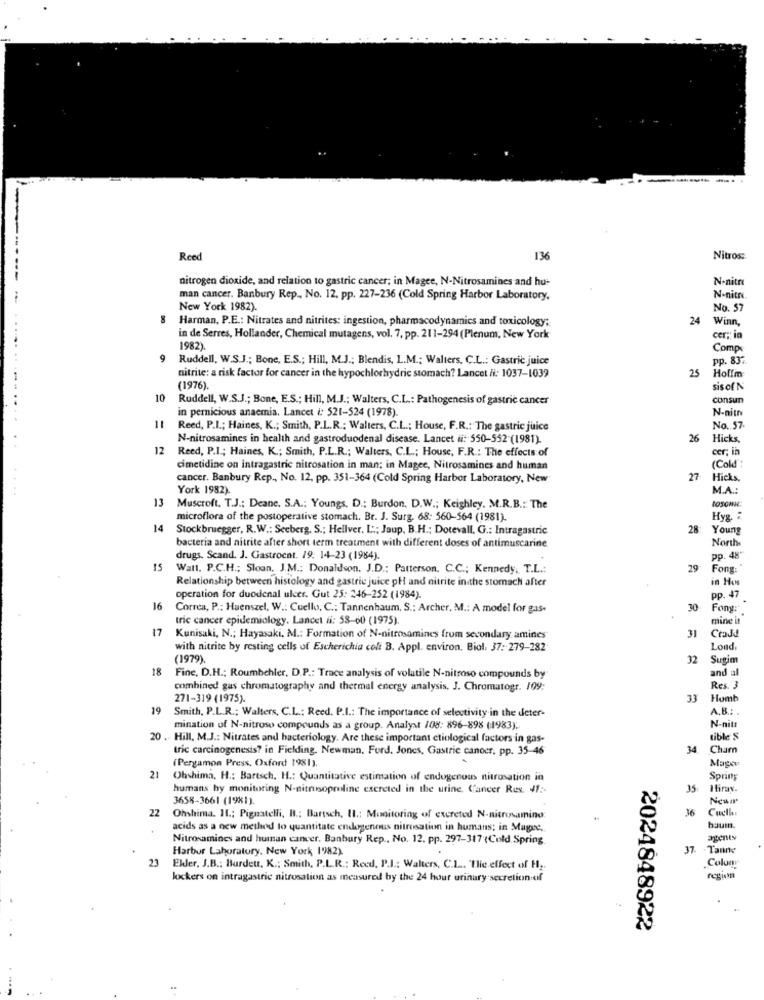
Ree
136
Nitros:
nitrogen dioxide, and relation to gastric cancer; in Magee, N-Nitrosamines and hu-
N-nitro
man cancer. Banbury Rep ., No. 12, pp. 227-236 (Cold Spring Harbor Laboratory,
N-nitro
New York 1982).
No. 57
8
Harman, P.E .: Nitrates and nitrites: ingestion, pharmacodynamics and toxicology;
24
Winn,
in de Serres, Hollander, Chemical mutagens, vol. 7, pp. 211-294 (Plenum, New York
cer; in
1982)
Comp
9
Ruddell, W.S.J .; Bone, E.S .; Hill, M.J .; Blendis, L.M .; Walters. C.L .; Gastric juice
pp. 837
nitrite: a risk factor for cancer in the hypochlorhydric stomach? Lancet /f: 1037-1039
25
Holfin
(1976).
sis of N
10
Ruddell, W.S.J .; Bone, E.S .; Hill, M.J .; Walters, C.L .: Pathogenesis of gastric cancer
consun
in pernicious anaemia. Lancet i: 521-524 (1978)
N-nitr
11
Reed, P.I .; Haines, K .; Smith, P.L.R .; Walters, C.L .; House, F.R .: The gastric juice
No. 57
N-nitrosamines in health and gastroduodenal disease. Lancet ii: 550-552-(1981).
26
Hicks,
12 Reed, P.I .; Haines, K .; Smith, P.L.R .; Walters, C.L .; House, F.R .: The effects of
cer; in
cimetidine on intragastric nitrosation in man; in Magee, Nitrosamines and human
(Cold!":
cancer. Banbury Rep ., No. 12, pp. 351-364 (Cold Spring Harbor Laboratory, New
27
Hicks.
York 1982).
M.A .:
13
LOSCINE
Muscroft. T.J .: Deanc. S.A .: Youngs. D .: Burdon. D.W .; Keighley. M.R.B .: The
microflora of the postoperative stomach. Br. J. Surg. 68: 560-564 (1981).
Hya.
14
Stockbruegger, R.W .: Seeberg. S .; Hellver. L" .; Jaup, B.H .; Dotevall, G .: Intragastric
28
Young
North
bacteria and nitrite after short term treatment with different doses of antimuscarine
drugs. Scand. J. Gastrocat. 19: 14-23 (1984).
pp. 48"
15
Watl. P.C.H .; Sloan, J.M .: Donaldson. J.D .: Patterson. C.C .; Kennedy, T.L .:
29
Fong:
Relationship between histology and gastric juice pH and nitrite in the stomach after
in Hos
operation for duodenal ulcer. Gut 25: 246-252 (1984).
pp. 47
16
Correa, P .: Haenszel, W .: Cuello, C .; Tannenbaum, S .: Archer, M .: A model for gas-
30
Fong:
tric cancer epidemiology. Lancet ii: 53-60 (1975).
mine it
17
31
Kunisaki, N .; Hayasaki, M .: Formation of N-nitrosamines from secondary amines
CraJd
with nitrite by resting cells of Escherichia colt B. Appl. environ. Biol, 37: 279-282
Lond
(1979).
32
Sugim
18
and al
Fine, D.H .; Roumbehler, D.P .: Trace analysis of volatile N-nitroso compounds by
combined gas chromatography and thermal energy analysis, J. Chromatogr. 109:
Res. 3
271-319 (1975).
33
Humt
19
Smith, P.L.R .; Walters, C.L .: Reed. P.I .: The importance of selectivity in the deter-
A.B .: .
mination of N-nitroso compounds as a group. Analyst 108: 896-898 (1983).
N-nitt
20 .. Hill, M.J .: Nitrates and bacteriology. Are these important ctiological factors in gas-
tible S
tric carcinogenesis? in Fielding. Newman. Ford. Jones, Gastric canocr, pp. 35-46
34
Cham
(Pergamon Press, Oxford 1981).
Magou
21
Ohshima, H .: Bartsch. H .: Quantitative estimation of endogenous nitrosation in
Spring
humans hy monitoring N-nitrusoproline excreted in the urine. Cancer Res. 47 :-
35
Hirav.
3658-3661 (1981).
NewI
22
36
Cuetki
Ohshima. 11 .; Pignatelli, B .: Bartsch, Il .: Monitoring of excreted N-nitrosaming:
acids as a new method to quantitate endogenous nitrosation in humans; in Magre.
baum.
Nitrosamines and human cancer. Banbury Rep ., No. 12. pp. 297-317 (Cold Spring
agents
Harbor Laboratory, New York 1982)
37
-Tanne
23
Eller, J.B .: Burdett. K .: Smith, P.L.R .: Reed, P.I .: Walters, C.L ... Tlie effect of H ..
Colon
lockers on intragastric nitrosation as measured by the 24 hour urinary secretion of
regiom
.
2024848922